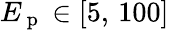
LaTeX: E_{\mathrm{~p~}}\in[5,\, 100]